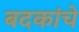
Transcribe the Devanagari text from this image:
बदकांचे